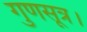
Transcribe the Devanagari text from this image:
गुणसूत्र।